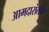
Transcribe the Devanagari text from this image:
आमदारांतर्फे